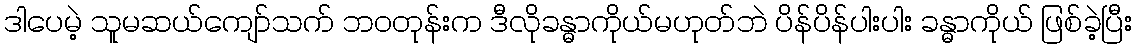
ဒါပေမဲ့ သူမဆယ်ကျော်သက် ဘဝတုန်းက ဒီလိုခန္ဓာကိုယ်မဟုတ်ဘဲ ပိန်ပိန်ပါးပါး ခန္ဓာကိုယ် ဖြစ်ခဲ့ပြီး